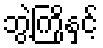
ဘွဲ့ကြိုနှင့်